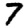
Digit: 7